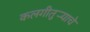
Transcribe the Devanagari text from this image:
कलगीतुर्‍याचे